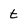
Character: t